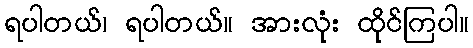
ရပါတယ်၊ ရပါတယ်။ အားလုံး ထိုင်ကြပါ။